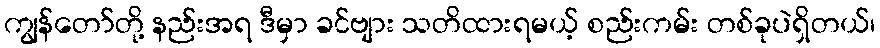
ကျွန်တော်တို့ နည်းအရ ဒီမှာ ခင်ဗျား သတိထားရမယ့် စည်းကမ်း တစ်ခုပဲရှိတယ်၊